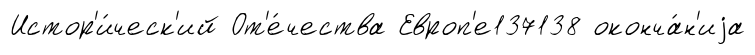
Истор'и́ческ'ий От'е́чества Европ'е137138 оконча́н'иjа